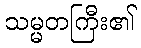
သမ္မတကြီး၏